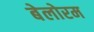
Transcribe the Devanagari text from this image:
बेलोरम